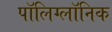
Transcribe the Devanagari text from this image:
पॉलिग्लॉनिक